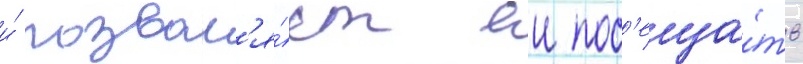
и́ позвол'я́ет еи пос'еща́ть